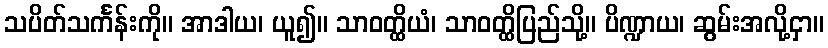
သပိတ်သင်္ကန်းကို။ အာဒါယ၊ ယူ၍။ သာဝတ္ထိယံ၊ သာဝတ္ထိပြည်သို့။ ပိဏ္ဍာယ၊ ဆွမ်းအလို့ငှာ။